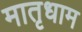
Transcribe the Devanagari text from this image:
मातृधाम